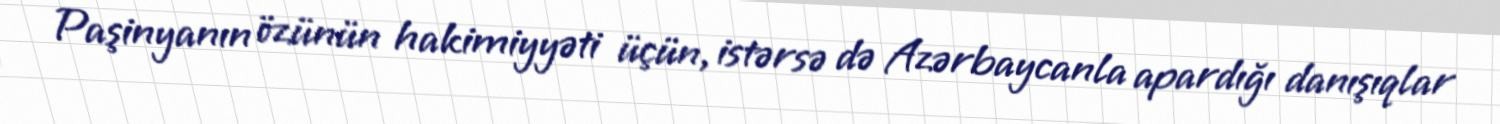
Paşinyanın özünün hakimiyyəti üçün, istərsə də Azərbaycanla apardığı danışıqlar